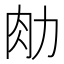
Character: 𰮂